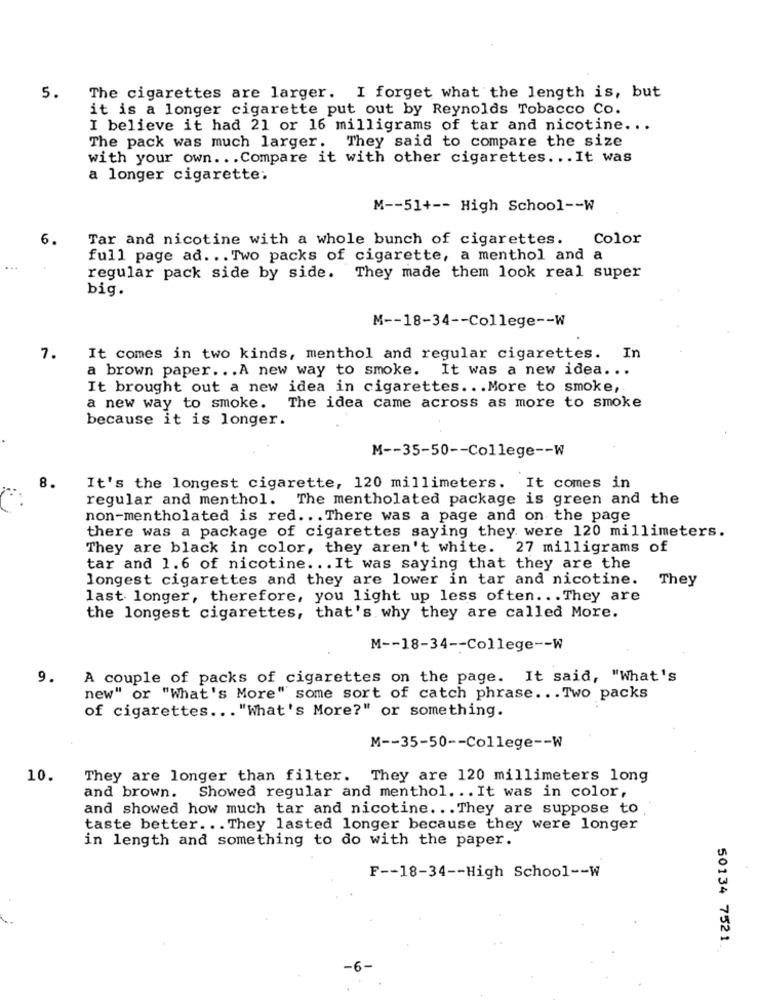
5.
The cigarettes are larger. I forget what the length is, but
it is a longer cigarette put out by Reynolds Tobacco Co.
I believe it had 21 or 16 milligrams of tar and nicotine ...
The pack was much larger. They said to compare the size
with your own .. . Compare it with other cigarettes ... It was
a longer cigarette:
M -- 51+ -- High School -- W
6.
Tar and nicotine with a whole bunch of cigarettes.
Color
full page ad ... Two packs of cigarette, a menthol and a
...
regular pack side by side. They made them look real super
big.
M -- 18-34 -- College -- W
7.
It comes in two kinds, menthol and regular cigarettes. In
a brown paper ... A new way to smoke. It was a new idea ...
It brought out a new idea in cigarettes ... More to smoke,
a new way to smoke. The idea came across as more to smoke
because it is longer.
M -- 35-50 -- College -- W
8.
It's the longest cigarette, 120 millimeters. It comes in
regular and menthol. The mentholated package is green and the
non-mentholated is red .. . There was a page and on the page
there was a package of cigarettes saying they were 120 millimeters.
They are black in color, they aren't white. 27 milligrams of
tar and 1.6 of nicotine. .. It was saying that they are the
longest cigarettes and they are lower in tar and nicotine.
They
last longer, therefore, you light up less often ... They are
the longest cigarettes, that's why they are called More.
M -- 18-34 -- College -- W
9.
A couple of packs of cigarettes on the page. It said, "What's
new" or "What's More" some sort of catch phrase ... Two packs
of cigarettes ... "What's More?" or something.
M -- 35-50 -- College -- W
10.
They are longer than filter. They are 120 millimeters long
and brown. Showed regular and menthol. .. It was in color,
and showed how much tar and nicotine ... They are suppose to
taste better ... They lasted longer because they were longer
in length and something to do with the paper.
F -- 18-34 -- High School -- W
50134 7521